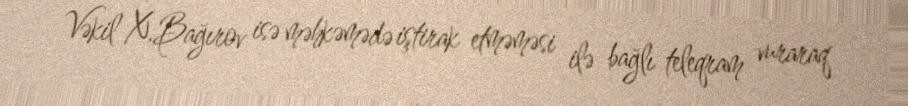
Vəkil X.Bağırov isə məhkəmədə iştirak etməməsi ilə bağlı teleqram vuraraq